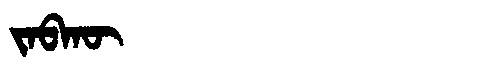
Manchu: ᠵᠠᠪᡴᡡ
Romanization: JABKŪ